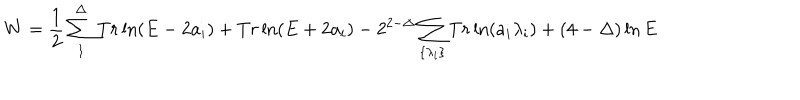
W = \frac { 1 } { 2 } \sum _ { 1 } ^ { \Delta } T r \ln ( E - 2 a _ { i } ) + T r \ln ( E + 2 a _ { i } ) - 2 ^ { 2 - \Delta } \sum _ { \{ \lambda _ { i } \} } T r \ln ( a _ { i } \lambda _ { i } ) + ( 4 - \Delta ) \ln E